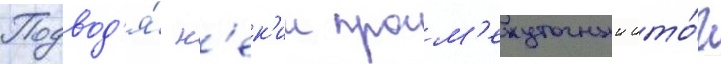
Подвод'я́ н'ек'ии пром'ежуточныи ито́г